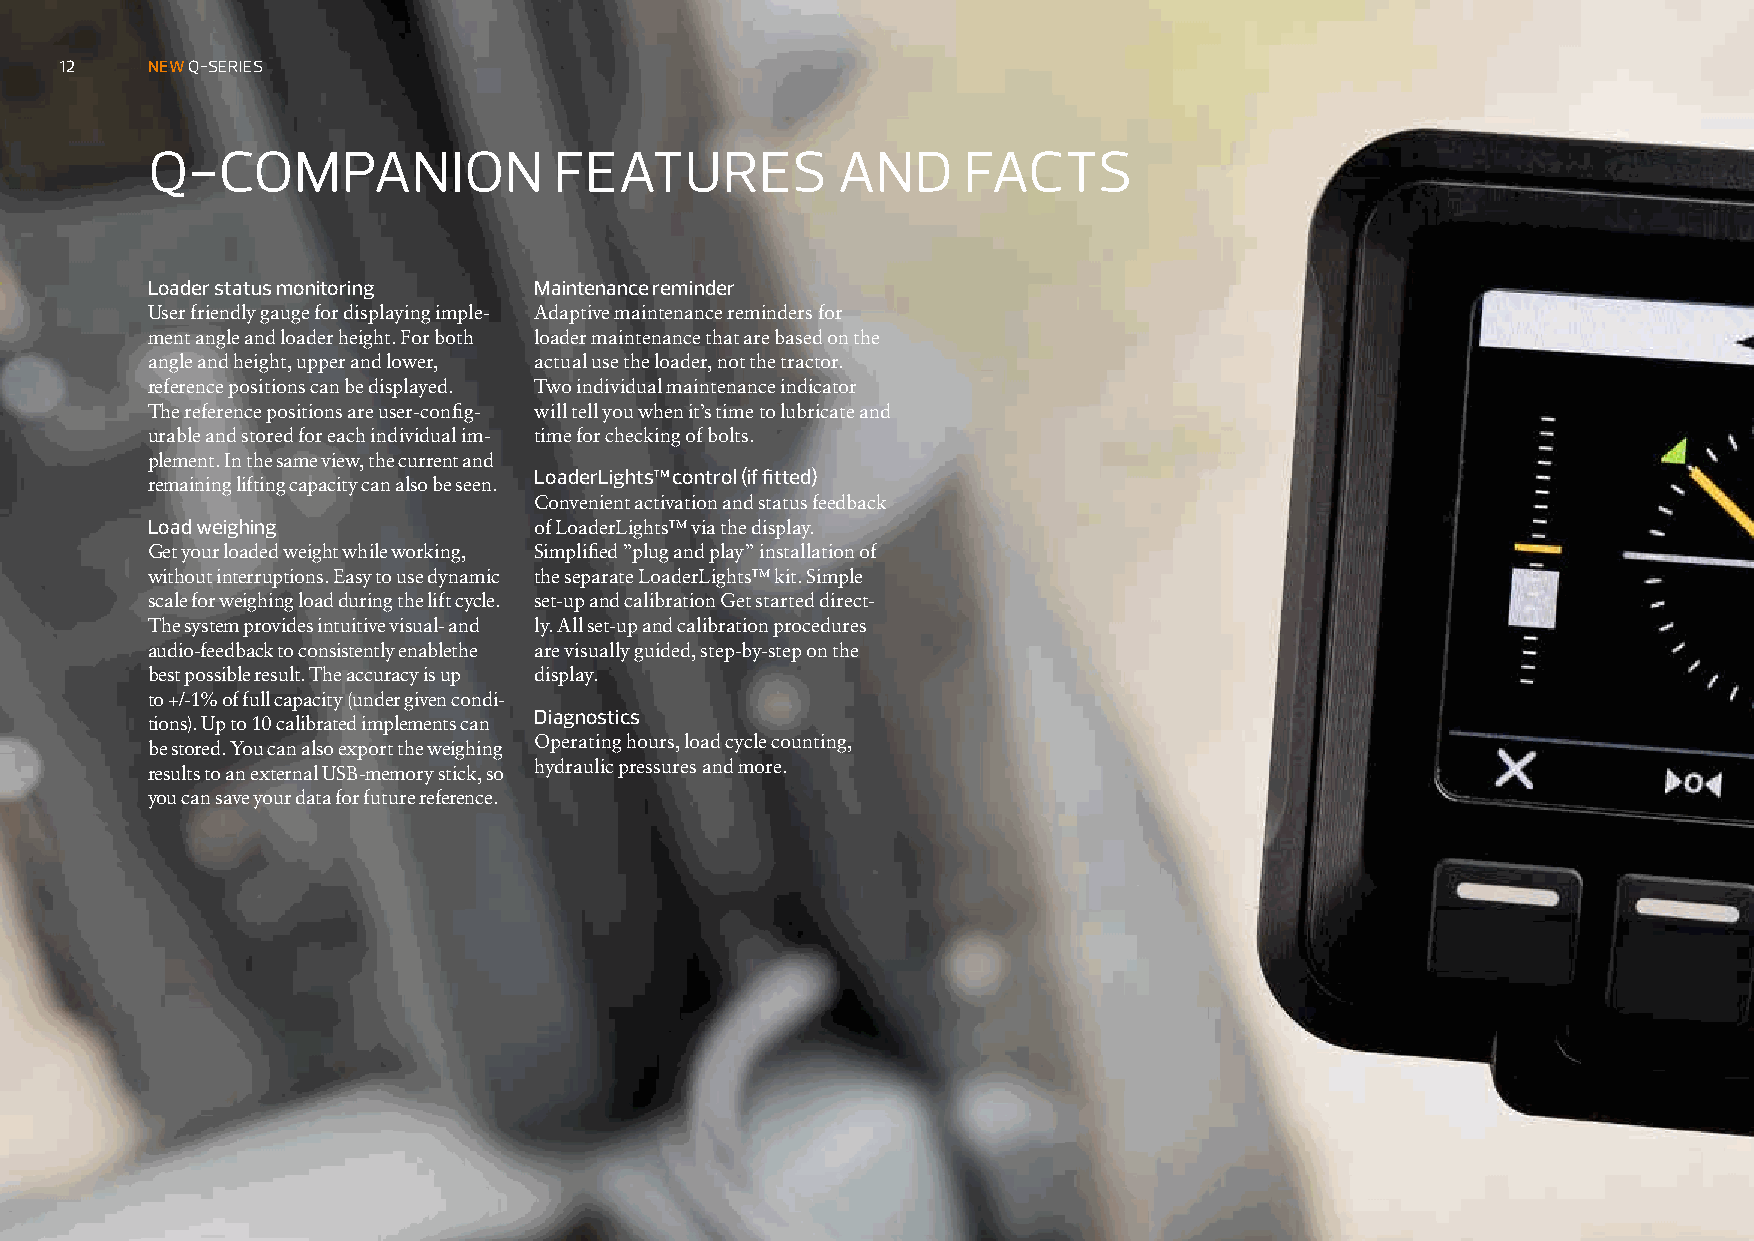
12    NEW Q-SERIES
 Q-COMPANION                FEATURES          AND      FACTS
 Loader status monitoring Maintenance reminder
 User friendly gauge for displaying imple- Adaptive maintenance reminders for
 ment angle and loader height. For both loader maintenance that are based on the
 angle and height, upper and lower, actual use the loader, not the tractor.
 reference positions can be displayed. Two individual maintenance indicator
 The reference positions are user-config- will tell you when it’s time to lubricate and
 urable and stored for each individual im- time for checking of bolts.
 plement. In the same view, the current and
 LoaderLights™ control (if fitted)
 remaining lifting capacity can also be seen.
 Convenient activation and status feedback
 Load weighing            of LoaderLights™ via the display.
 Get your loaded weight while working, Simplified ”plug and play” installation of
 without interruptions. Easy to use dynamic the separate LoaderLights™ kit. Simple
 scale for weighing load during the lift cycle. set-up and calibration Get started direct-
 The system provides intuitive visual- and ly. All set-up and calibration procedures
 audio-feedback to consistently enablethe are visually guided, step-by-step on the
 best possible result. The accuracy is up display.
 to +/-1% of full capacity (under given condi-
 Diagnostics
 tions). Up to 10 calibrated implements can
 Operating hours, load cycle counting,
 be stored. You can also export the weighing
 hydraulic pressures and more.
 results to an external USB-memory stick, so
 you can save your data for future reference.